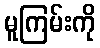
မူကြမ်းကို